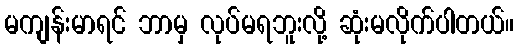
မကျန်းမာရင် ဘာမှ လုပ်မရဘူးလို့ ဆုံးမလိုက်ပါတယ်။